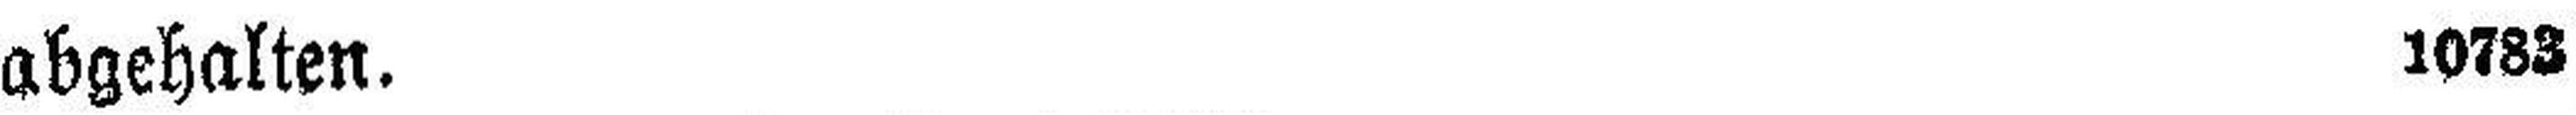
abgehalten. 10783